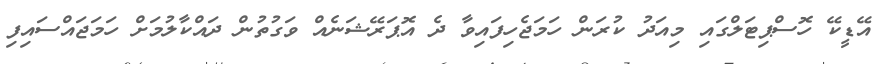
އޭޑީކޭ ހޮސްޕިޓަލްގައި މިއަދު ކުރަން ހަމަޖެހިފައިވާ ދެ އޮޕަރޭޝަނެއް ވަގުތުން ދައްކާލުމަށް ހަމަޖައްސައިފި